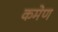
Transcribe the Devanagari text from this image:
कमेण